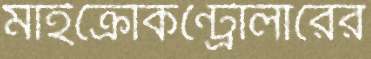
মাইক্রোকন্ট্রোলারের